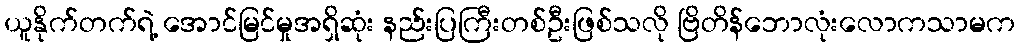
ယူနိုက်တက်ရဲ့ အောင်မြင်မှုအရှိဆုံး နည်းပြကြီးတစ်ဦးဖြစ်သလို ဗြိတိန်ဘောလုံးလောကသာမက